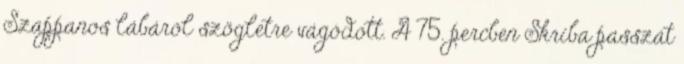
Szappanos lábáról szögletre vágódott. A 75. percben Skriba passzát